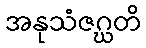
အနုသံဇဂ္ဃတိ